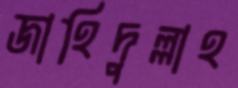
জাহিদুল্লাহ